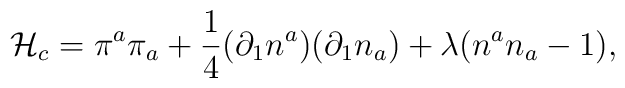
{\cal H}_c = \pi^a\pi_a + \frac{1}{4}(\partial_1n^a)(\partial_1n_a) + \lambda(n^an_a - 1),